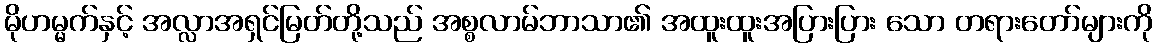
မိုဟမ္မက်နှင့် အလ္လာအရှင်မြတ်တို့သည် အစ္စလာမ်ဘာသာ၏ အထူးထူးအပြားပြား သော တရားတော်များကို